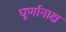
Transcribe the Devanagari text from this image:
घूर्णानाक्ष